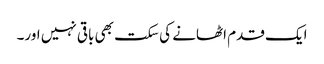
ایک قدم اٹھانے کی سکت بھی باقی نہیں اور۔